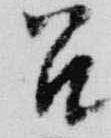
召